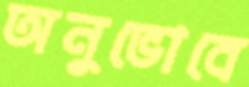
অনুভোবে